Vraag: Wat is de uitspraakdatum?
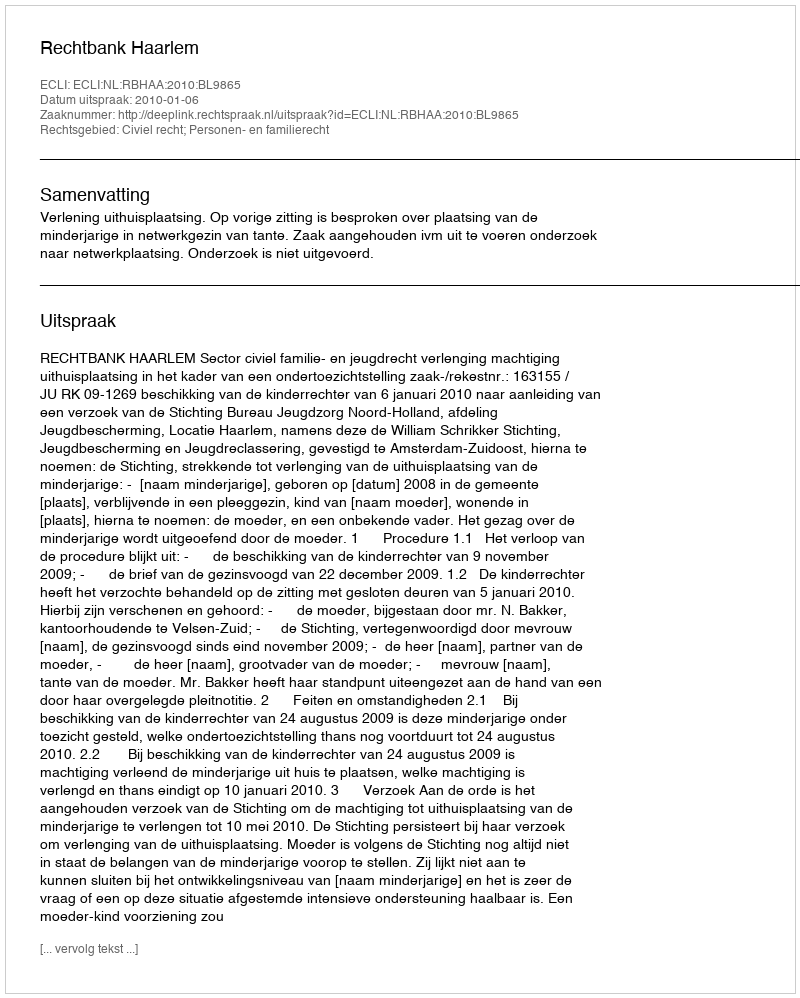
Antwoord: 2010-01-06